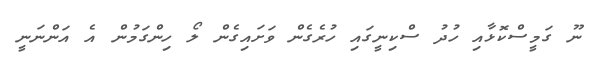
ނޫ ގަމީސްކޮޅާއި ހުދު ސްކިނީގައި ހުރެގެން ވަށައިގެން ލޯ ހިންގަމުން އެ އަންނަނީ